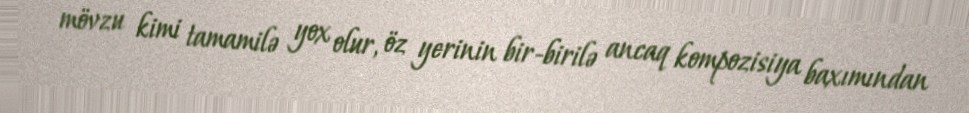
mövzu kimi tamamilə yox olur, öz yerinin bir-birilə ancaq kompozisiya baxımından